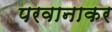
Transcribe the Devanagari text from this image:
परवानाकर